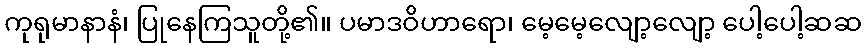
ကုရုမာနာနံ၊ ပြုနေကြသူတို့၏။ ပမာဒဝိဟာရော၊ မေ့မေ့လျော့လျော့ ပေါ့ပေါ့ဆဆ